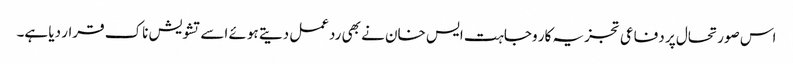
اس صورتحال پر دفاعی تجزیہ کار وجاہت ایس خان نے بھی ردعمل دیتے ہوئے اسے تشویش ناک قرار دیا ہے۔